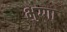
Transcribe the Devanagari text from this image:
भुग्गा